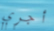
أجري